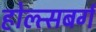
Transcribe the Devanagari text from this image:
होल्त्सबर्ग